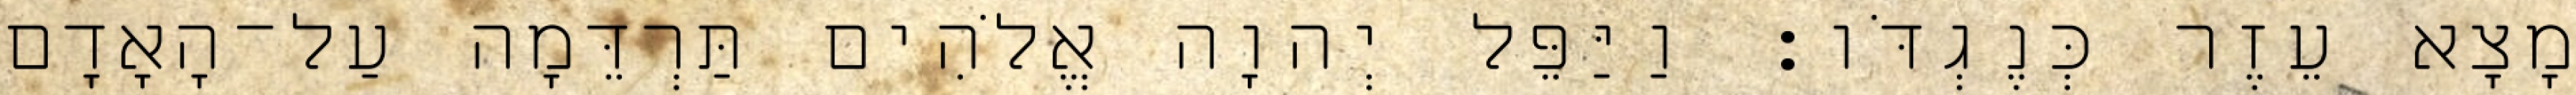
מָצָא עֵזֶר כְּנֶגְדֹּו׃ וַיַּפֵּל יְהוָה אֱלֹהִים תַּרְדֵּמָה עַל־הָאָדָם